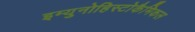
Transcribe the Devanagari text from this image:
इम्युनोहिस्टोकैमिकल